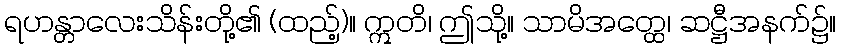
ရဟန္တာလေးသိန်းတို့၏ (ထည့်)။ ဣတိ၊ ဤသို့။ သာမိအတ္ထေ၊ ဆဋ္ဌီအနက်၌။